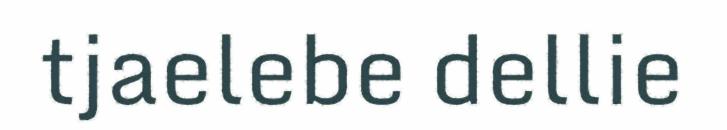
tjaelebe dellie